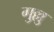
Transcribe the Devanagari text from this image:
गुल्लु